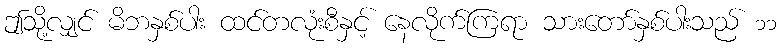
ဤသို့လျှင် မိဘနှစ်ပါး ထင်တလုံးစီနှင့် နေလိုက်ကြရာ သားတော်နှစ်ပါးသည် ၁၁